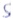
Text: S